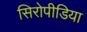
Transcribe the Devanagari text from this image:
सिरोपीडिया